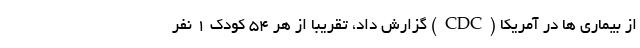
از بیماری ها در آمریکا (CDC) گزارش داد، تقریباً از هر ۵۴ کودک ۱ نفر